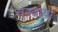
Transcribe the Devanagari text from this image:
चुनवाया